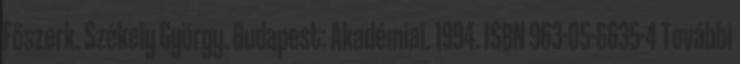
Főszerk. Székely György. Budapest: Akadémiai. 1994. ISBN 963-05-6635-4 További